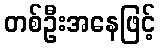
တစ်ဦးအနေဖြင့်